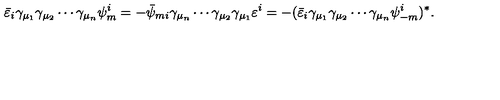
\bar { \varepsilon } _ { i } \gamma _ { \mu _ { 1 } } \gamma _ { \mu _ { 2 } } \cdots \gamma _ { \mu _ { n } } \psi _ { m } ^ { i } = - \bar { \psi } _ { m i } \gamma _ { \mu _ { n } } \cdots \gamma _ { \mu _ { 2 } } \gamma _ { \mu _ { 1 } } \varepsilon ^ { i } = - ( \bar { \varepsilon } _ { i } \gamma _ { \mu _ { 1 } } \gamma _ { \mu _ { 2 } } \cdots \gamma _ { \mu _ { n } } \psi _ { - m } ^ { i } ) ^ { * } .